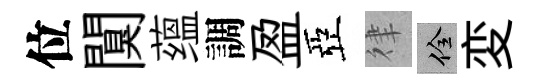
位闃蕴調盈亞律佺変